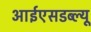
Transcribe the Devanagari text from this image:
आईएसडब्ल्यू